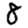
Digit: 8